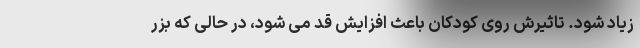
زیاد شود. تاثیرش روی کودکان باعث افزایش قد می شود، در حالی که بزر